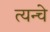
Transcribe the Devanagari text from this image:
त्यन्चे